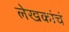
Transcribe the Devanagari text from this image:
लेखकांचं